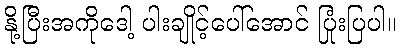
နို့ပြီးအကိုဒေါ့ ပါးချိုင့်ပေါ်အောင် ပြုံးပြပါ။